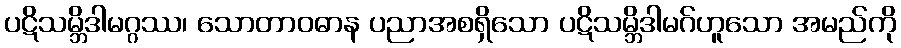
ပဋိသမ္ဘိဒါမဂ္ဂဿ၊ သောတာဝဓာန ပညာအစရှိသော ပဋိသမ္ဘိဒါမဂ်ဟူသော အမည်ကို